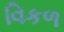
વિકળ